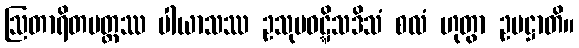
ဩတာရိတမတ္တဿ ပါယာသဿ ဥသုမဝဋ္ဋိသဒိသံ စလံ ဟုတွာ ဥပဋ္ဌာတိ။